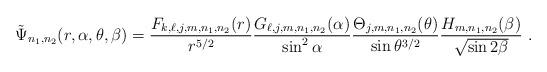
LaTeX: \begin{align*} \tilde \Psi_{n_1,n_2}(r,\alpha,\theta,\beta)=\frac{F_{k,\ell,j,m,n_1,n_2}(r)}{r^{5/2}} \frac{G_{\ell,j,m,n_1,n_2}(\alpha)}{\sin^2 \alpha} \frac{\Theta_{j,m,n_1,n_2} (\theta )}{\sin\theta^{3/2} } \frac{H_{m,n_1,n_2} (\beta)}{\sqrt{\sin 2 \beta}} \ . \end{align*}